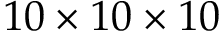
1 0 \times 1 0 \times 1 0